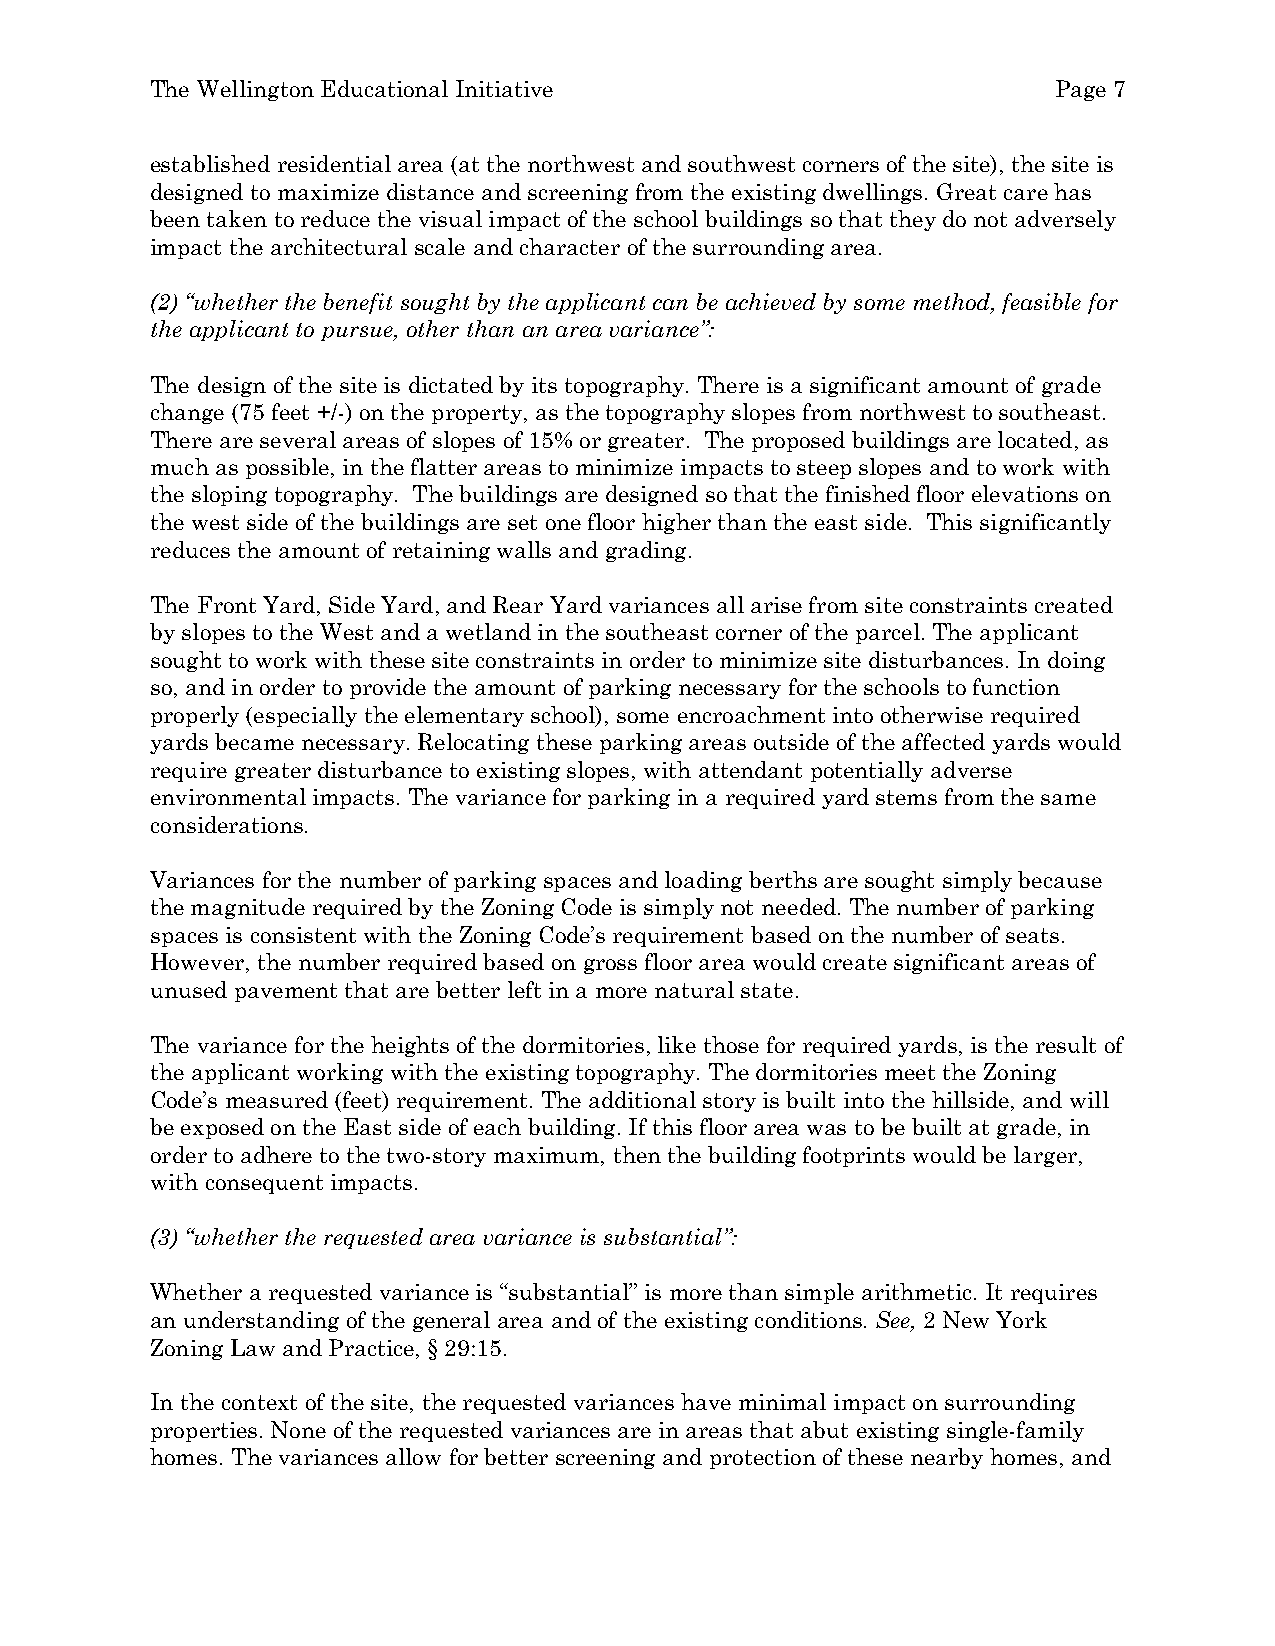
The Wellington Educational Initiative                       Page 7
 established residential area (at the northwest and southwest corners of the site), the site is
 designed to maximize distance and screening from the existing dwellings. Great care has
 been taken to reduce the visual impact of the school buildings so that they do not adversely
 impact the architectural scale and character of the surrounding area.
 (2) “whether the benefit sought by the applicant can be achieved by some method, feasible for
 the applicant to pursue, other than an area variance”:
 The design of the site is dictated by its topography. There is a significant amount of grade
 change (75 feet +/-) on the property, as the topography slopes from northwest to southeast.
 There are several areas of slopes of 15% or greater. The proposed buildings are located, as
 much as possible, in the flatter areas to minimize impacts to steep slopes and to work with
 the sloping topography. The buildings are designed so that the finished floor elevations on
 the west side of the buildings are set one floor higher than the east side. This significantly
 reduces the amount of retaining walls and grading.
 The Front Yard, Side Yard, and Rear Yard variances all arise from site constraints created
 by slopes to the West and a wetland in the southeast corner of the parcel. The applicant
 sought to work with these site constraints in order to minimize site disturbances. In doing
 so, and in order to provide the amount of parking necessary for the schools to function
 properly (especially the elementary school), some encroachment into otherwise required
 yards became necessary. Relocating these parking areas outside of the affected yards would
 require greater disturbance to existing slopes, with attendant potentially adverse
 environmental impacts. The variance for parking in a required yard stems from the same
 considerations.
 Variances for the number of parking spaces and loading berths are sought simply because
 the magnitude required by the Zoning Code is simply not needed. The number of parking
 spaces is consistent with the Zoning Code’s requirement based on the number of seats.
 However, the number required based on gross floor area would create significant areas of
 unused pavement that are better left in a more natural state.
 The variance for the heights of the dormitories, like those for required yards, is the result of
 the applicant working with the existing topography. The dormitories meet the Zoning
 Code’s measured (feet) requirement. The additional story is built into the hillside, and will
 be exposed on the East side of each building. If this floor area was to be built at grade, in
 order to adhere to the two-story maximum, then the building footprints would be larger,
 with consequent impacts.
 (3) “whether the requested area variance is substantial”:
 Whether a requested variance is “substantial” is more than simple arithmetic. It requires
 an understanding of the general area and of the existing conditions. See, 2 New York
 Zoning Law and Practice, § 29:15.
 In the context of the site, the requested variances have minimal impact on surrounding
 properties. None of the requested variances are in areas that abut existing single-family
 homes. The variances allow for better screening and protection of these nearby homes, and